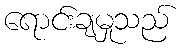
ရောင်းချမှုသည်